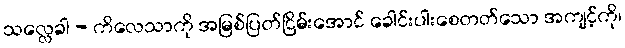
သလ္လေခါ - ကိလေသာကို အမြစ်ပြတ်ငြိမ်းအောင် ခေါင်းပါးစေတတ်သော အကျင့်ကို၊